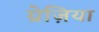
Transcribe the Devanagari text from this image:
ग्रेज़िया